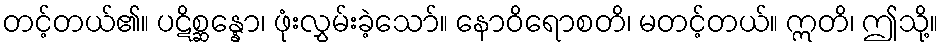
တင့်တယ်၏။ ပဋိစ္ဆန္နော၊ ဖုံးလွှမ်းခဲ့သော်။ နောဝိရောစတိ၊ မတင့်တယ်။ ဣတိ၊ ဤသို့။